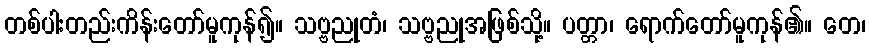
တစ်ပါးတည်းကိန်းတော်မူကုန်၍။ သဗ္ဗညုတံ၊ သဗ္ဗညုအဖြစ်သို့။ ပတ္တာ၊ ရောက်တော်မူကုန်၏။ တေ၊